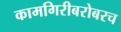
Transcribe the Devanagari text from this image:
कामगिरीबरोबरच